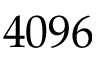
4 0 9 6